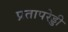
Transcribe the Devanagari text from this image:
प्रतापरेड्डी